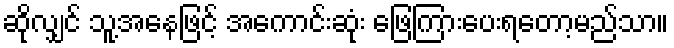
ဆိုလျှင် သူ့အနေဖြင့် အကောင်းဆုံး ဖြေကြားပေးရတော့မည်သာ။